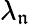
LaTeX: \lambda_{\mathfrak{n}}